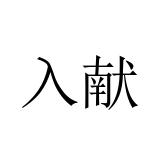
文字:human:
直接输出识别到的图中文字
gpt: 入献